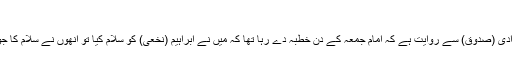
واللہ اعلم
ابو الہیثم المرادی (صدوق) سے روایت ہے کہ امام جمعہ کے دن خطبہ دے رہا تھا کہ میں نے ابراہیم (نخعی) کو سلام کیا تو انھوں نے سلام کا جواب نہیں دیا۔